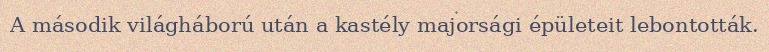
A második világháború után a kastély majorsági épületeit lebontották.